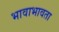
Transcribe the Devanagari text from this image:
भावाभावता